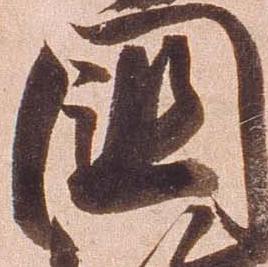
国